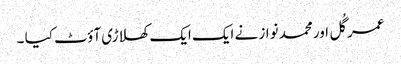
عمر گُل اور محمد نواز نے ایک ایک کھلاڑی آؤٹ کیا ۔